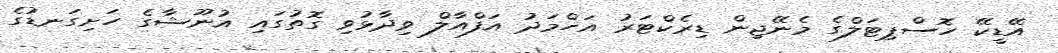
އޭޑީކޭ ހޮސްޕިޓަލްގެ މެނޭޖިން ޑިރެކްޓަރު އަހްމަދު އަފްއާލް ވިދާޅުވި ގޮތުގައި އުނޫޝާގެ ހަށިގަނޑުގެ